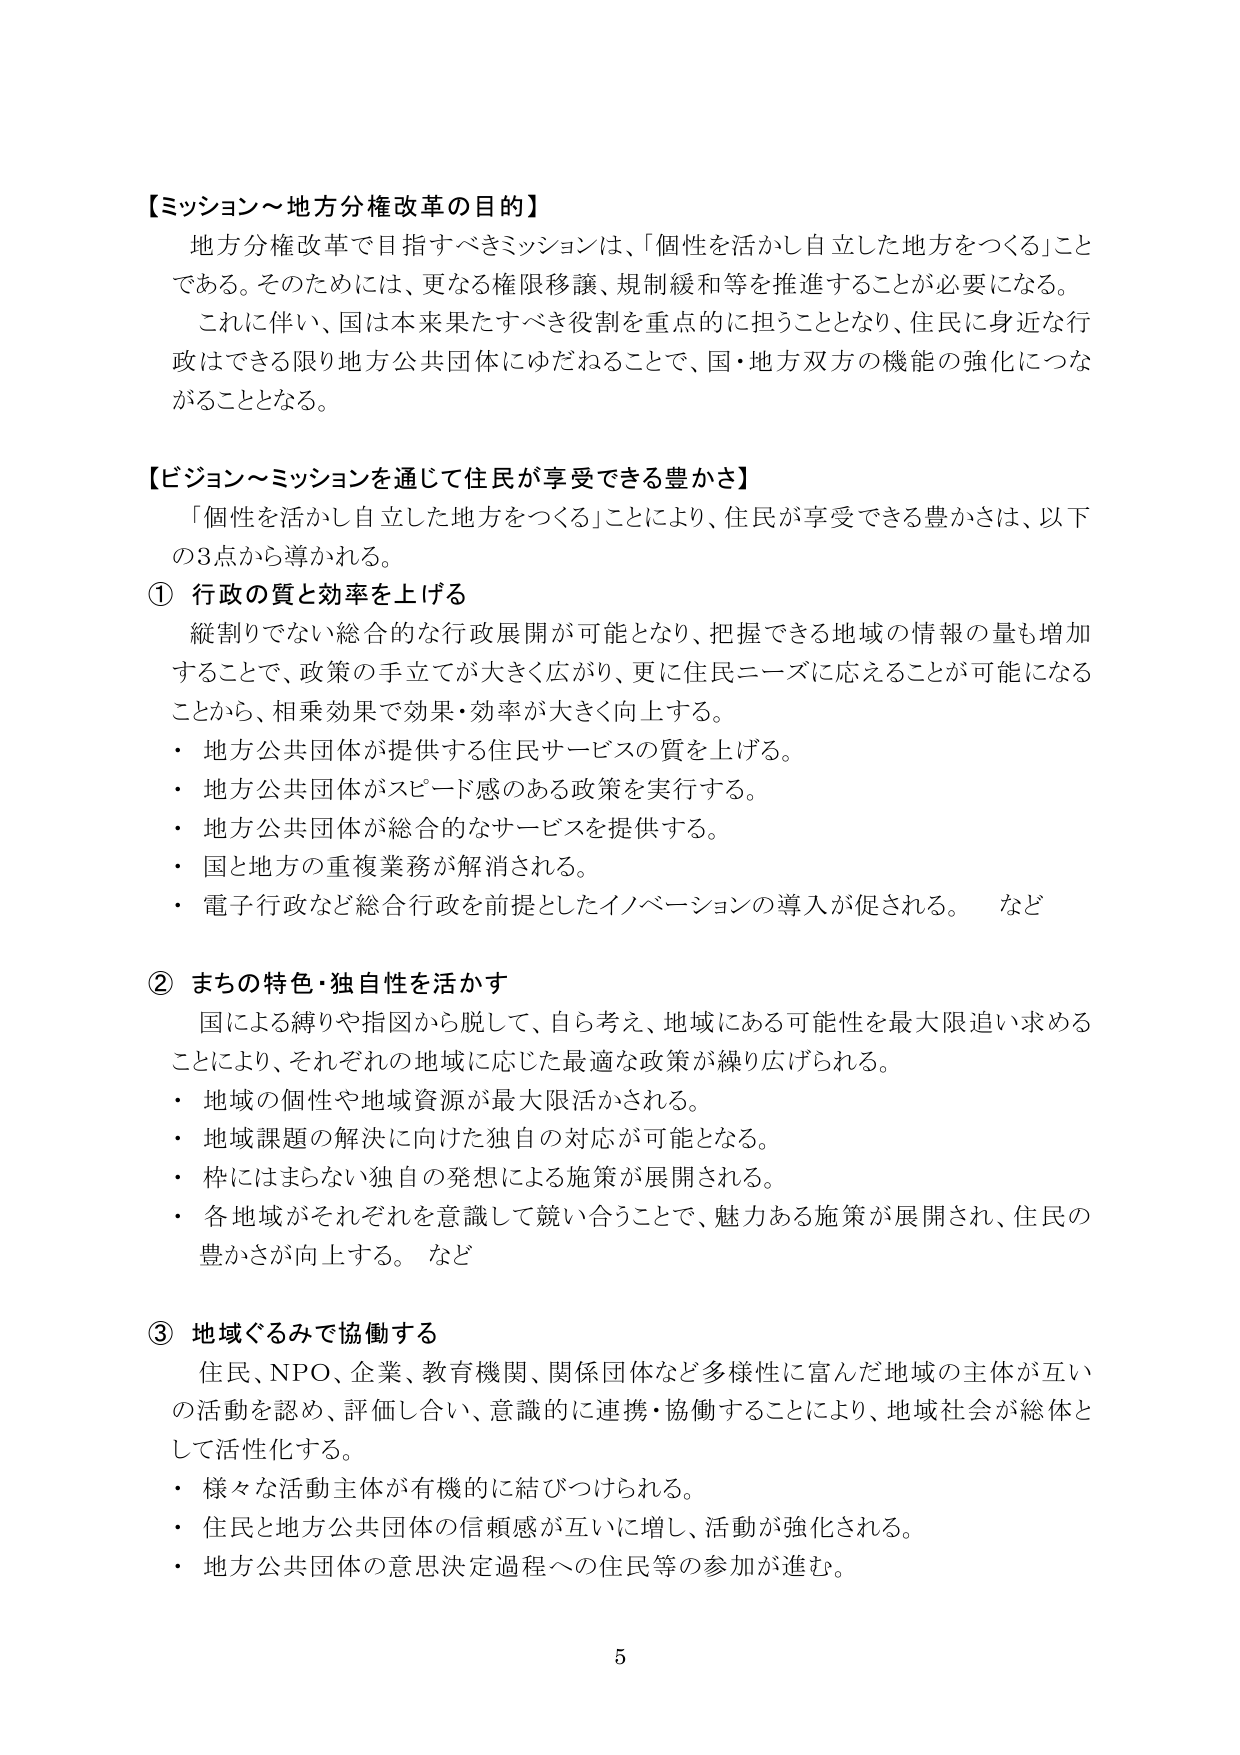
【ミッション～地方分権改革の目的】
地方分権改革で目指すべきミッションは、「個性を活かし自立した地方をつくる」ことである。そのためには、更なる権限移譲、規制緩和等を推進することが必要になる。
これに伴い、国は本来果たすべき役割を重点的に担うこととなり、住民に身近な行政はできる限り地方公共団体にゆだねることで、国・地方双方の機能の強化につながることとなる。

【ビジョン～ミッションを通じて住民が享受できる豊かさ】
「個性を活かし自立した地方をつくる」ことにより、住民が享受できる豊かさは、以下の3点から導かれる。

① 行政の質と効率を上げる
縦割りでない総合的な行政展開が可能となり、把握できる地域の情報の量も増加することで、政策の手立てが大きく広がり、更に住民ニーズに応えることが可能になることから、相乗効果で効果・効率が大きく向上する。
・ 地方公共団体が提供する住民サービスの質を上げる。
・ 地方公共団体がスピード感のある政策を実行する。
・ 地方公共団体が総合的なサービスを提供する。
・ 国と地方の重複業務が解消される。
・ 電子行政など総合行政を前提としたイノベーションの導入が促される。 など

② まちの特色・独自性を活かす
国による縛りや指図から脱して、自ら考え、地域にある可能性を最大限追い求めることにより、それぞれの地域に応じた最適な政策が繰り広げられる。
・ 地域の個性や地域資源が最大限活かされる。
・ 地域課題の解決に向けた独自の対応が可能となる。
・ 枠にはまらない独自の発想による施策が展開される。
・ 各地域がそれぞれを意識して競い合うことで、魅力ある施策が展開され、住民の豊かさが向上する。 など

③ 地域ぐるみで協働する
住民、NPO、企業、教育機関、関係団体など多様性に富んだ地域の主体が互いの活動を認め、評価し合い、意識的に連携・協働することにより、地域社会が総体として活性化する。
・ 様々な活動主体が有機的に結びつけられる。
・ 住民と地方公共団体の信頼感が互いに増し、活動が強化される。
・ 地方公共団体の意思決定過程への住民等の参加が進む。

5